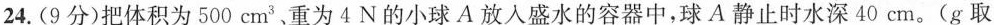
24.(9分)把体积为500cm^{3}、重为4N的小球A放入盛水的容器中，球A静止时水深40cm。(g取